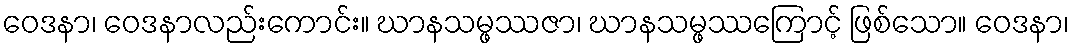
ဝေဒနာ၊ ဝေဒနာလည်းကောင်း။ ဃာနသမ္ဖဿဇာ၊ ဃာနသမ္ဖဿကြောင့် ဖြစ်သော။ ဝေဒနာ၊